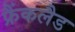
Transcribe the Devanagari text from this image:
फ्रैंकलैड